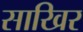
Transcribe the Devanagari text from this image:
साखिर